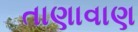
તાણાવાણ